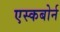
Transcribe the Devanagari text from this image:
एस्कबोर्न